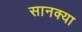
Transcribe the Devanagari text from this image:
सानक्या